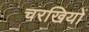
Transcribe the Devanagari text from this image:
चरखियों